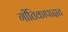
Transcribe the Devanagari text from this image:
गीतिकापादात